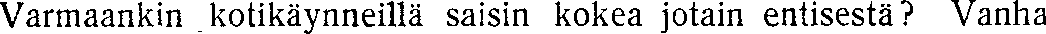
Varmaankin kotikäynneillä saisin kokea jotain entisestä? Vanha